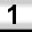
Digit: 1